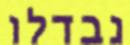
נבדלו